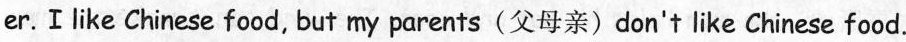
er. I like Chinese food, but my parents (父母亲)don't like Chinese food.